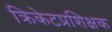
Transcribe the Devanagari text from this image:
क्रिकेटप्रशिक्षक